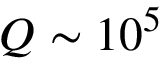
Q \sim 1 0 ^ { 5 }